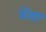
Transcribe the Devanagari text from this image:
रोंडा